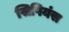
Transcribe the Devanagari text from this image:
सिपियंस